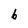
Character: b